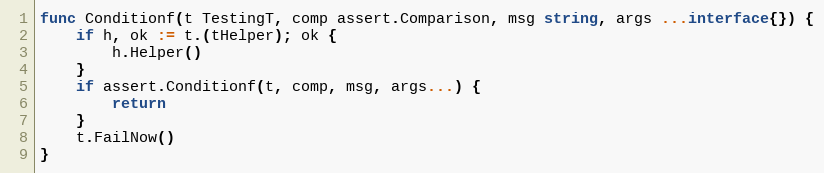
Language: Go
func Conditionf(t TestingT, comp assert.Comparison, msg string, args ...interface{}) {
	if h, ok := t.(tHelper); ok {
		h.Helper()
	}
	if assert.Conditionf(t, comp, msg, args...) {
		return
	}
	t.FailNow()
}